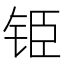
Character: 𮸅